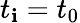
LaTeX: t_{\mathbf{i}}=t_{0}